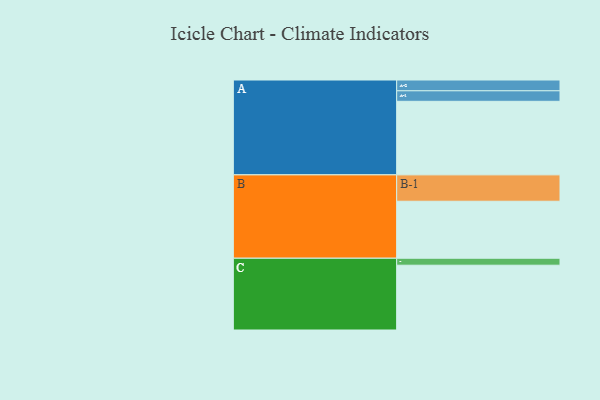
{"axis": {"x": "Segment", "y": "Value"}, "legend": ["", "A", "B", "C"], "data": [{"x": "A", "y": 538, "type": ""}, {"x": "B", "y": 417, "type": ""}, {"x": "C", "y": 474, "type": ""}, {"x": "A-1", "y": 77, "type": "A"}, {"x": "A-2", "y": 79, "type": "A"}, {"x": "B-1", "y": 193, "type": "B"}, {"x": "C-1", "y": 51, "type": "C"}]}